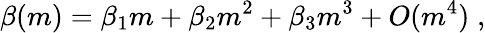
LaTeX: \beta(m)=\beta_{1}m+\beta_{2}m^{2}+\beta_{3}m^{3}+O(m^{4})\; ,